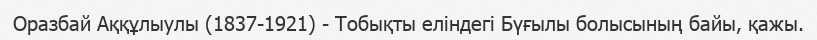
Оразбай Аққұлыулы (1837-1921) - Тобықты еліндегі Бүғылы болысының байы, қажы.